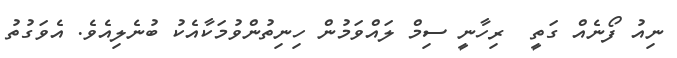
ނިއު ފޯނެއް ގަތީ  ރިހާނީ ސިމް ލައްވަމުން ހިނިތުންވުމަކާއެކު ބުނެލިއެވެ. އެވަގުތު